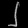
Digit: ၂